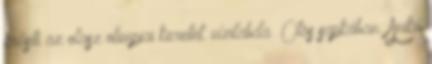
erősíti az olasz olimpiai keretet. vízilabda „Ötös sapkában: Anikó